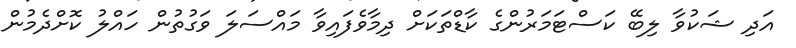
އަދި ޝަކުވާ ލިބޭ ކަސްޓަމަރުންގެ ކާޑްތަކަށް ދިމާވެފައިވާ މައްސަލަ ވަގުތުން ހައްލު ކޮށްދެމުން